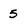
Character: 5